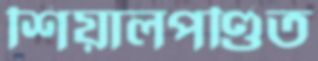
শিয়ালপণ্ডিত